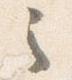
之